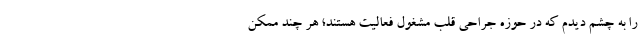
را به چشم دیدم که در حوزه جراحی قلب مشغول فعالیت هستند؛ هر چند ممکن